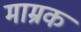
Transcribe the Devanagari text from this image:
माम्रक